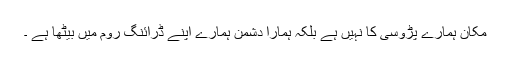
مکان ہمارے پڑوسی کا نہیں ہے بلکہ ہمارا دشمن ہمارے اپنے ڈرائنگ روم میں بیٹھا ہے ۔